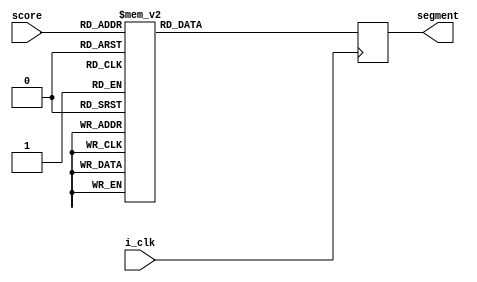
module displayScore_SSD(i_clk,score,segment);
input i_clk;
input [2:0]score;
output[6:0]segment;

reg [6:0] hex_value = 7'h 00;

always @(posedge i_clk)
begin
	case(score)
		0 : hex_value <= 7'h 7E;
		1 : hex_value <= 7'h 30;
		2 : hex_value <= 7'h 6D;
		3 : hex_value <= 7'h 79;
		4 : hex_value <= 7'h 33;
		5 : hex_value <= 7'h 5B;
		6 : hex_value <= 7'h 5F;
		7 : hex_value <= 7'h 70;
		8 : hex_value <= 7'h 7F;
		9 : hex_value <= 7'h 7B;
	endcase
end 

assign segment[6] = hex_value[6];
assign segment[5] = hex_value[5];
assign segment[4] = hex_value[4];
assign segment[3] = hex_value[3];
assign segment[2] = hex_value[2];
assign segment[1] = hex_value[1];
assign segment[0] = hex_value[0];

endmodule